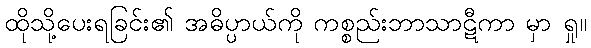
ထိုသို့ပေးရခြင်း၏ အဓိပ္ပာယ်ကို ကစ္စည်းဘာသာဋီကာ မှာ ရှု။